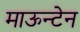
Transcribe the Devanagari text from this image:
माऊन्टेन